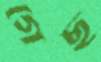
গেছ্